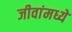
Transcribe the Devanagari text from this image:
जीवांमध्ये